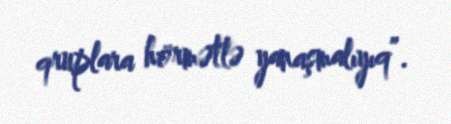
qruplara hörmətlə yanaşmalıyıq”.